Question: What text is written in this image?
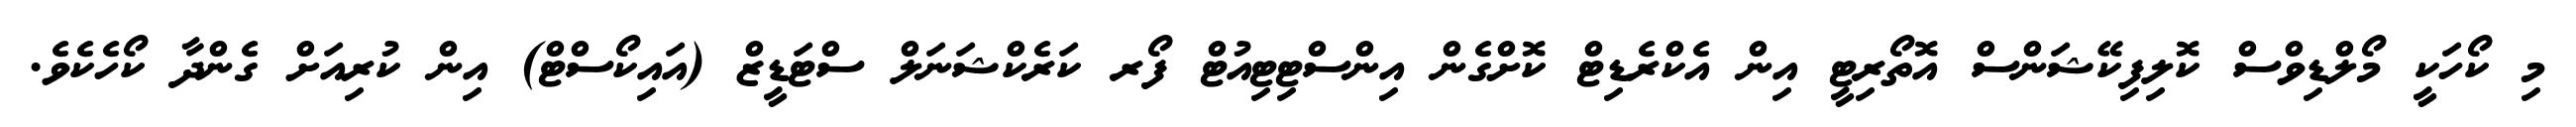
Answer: މި ކޯހަކީ މޯލްޑިވްސް ކޮލިފިކޭޝަންސް އޮތޯރިޓީ އިން އެކްރެޑިޓް ކޮށްގެން އިންސްޓިޓިއުޓް ފޯރ ކަރެކްޝަނަލް ސްޓަޑީޒް (އައިކޯސްޓް) އިން ކުރިއަށް ގެންދާ ކޯހެކެވެ.